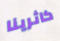
كاثرينا